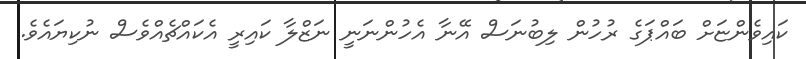
ކައިވެންޏަށް ބައްޕަގެ ރުހުން ލިބުނަސް އޭނާ އެހުންނަނީ ނަޒްލާ ކައިރީ އެކައްޗެއްވެސް ނުކިޔައެވެ.